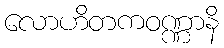
လောဟိတကဝဏ္ဏာနိ